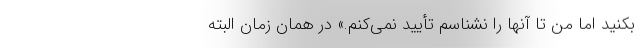
بکنید اما من تا آنها را نشناسم تأیید نمی‌کنم.» در همان زمان البته